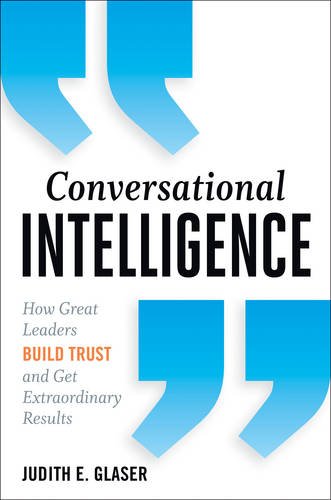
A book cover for Conversational Intelligence: How Great Leaders Build Trust & Get Extraordinary Results; Judith  E. Glaser; Business & Money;